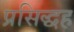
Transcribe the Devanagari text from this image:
प्रसिद्धह